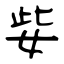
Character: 姕